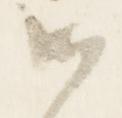
御